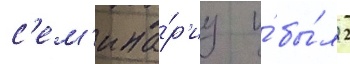
с'ем'ина́р'иу и́ бы́л 2